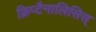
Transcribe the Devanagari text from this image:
क्रिप्टैनालिसिस्